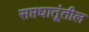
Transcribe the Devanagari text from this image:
सप्तधातूंतील